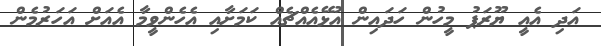
އަދި އެއީ ޔޫރަޕު މީހުން ހަދައިން އުޅޭއެއްޗެއް ކަމަށާއި އެހެންވީމާ އެއަށް އަހަރުމެން